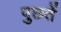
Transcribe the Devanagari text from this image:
पुछतें